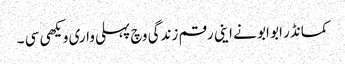
کمانڈر ابو ابو نے اینی رقم زندگی وچ پہلی واری ویکھی سی ۔